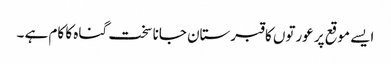
ایسے موقع پر عورتوں کا قبرستان جانا سخت گناہ کا کام ہے ۔